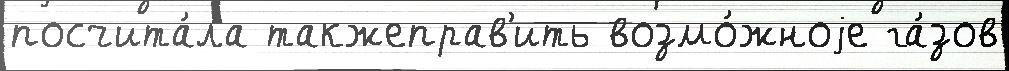
посчита́ла такжеправ'ить возмо́жноjе га́зов